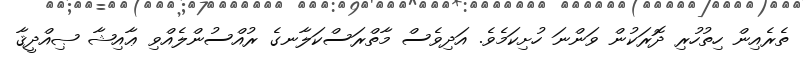
ތެރެއިން ހިތުހުރި ދޮރަކުން ވަންނަ ހުށިކަމެވެ. އަދިވެސް މާތްރަސްކަލާނގެ ރުއްސުންލެއްވި ޢާއިޝާ ޞިއްދީޤާ